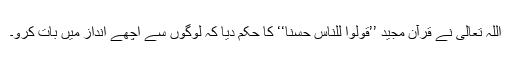
اللہ تعالیٰ نے قرآن مجید ’’قولوا للناس حسنا‘‘ کا حکم دیا کہ لوگوں سے اچھے انداز میں بات کرو۔